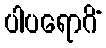
ပါပရောဂိံ